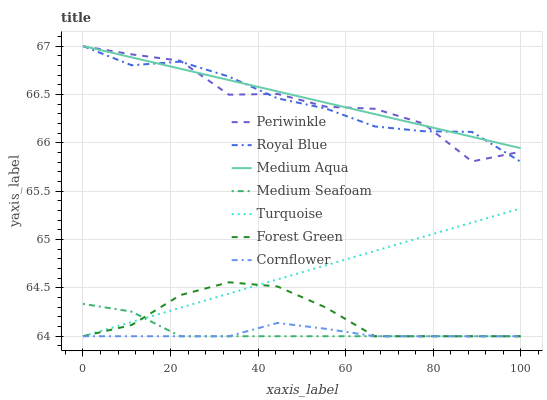
| xaxis_label | Periwinkle | Royal Blue | Medium Aqua | Medium Seafoam | Turquoise | Forest Green | Cornflower |
 | --- | --- | --- | --- | --- | --- | --- | --- |
 | 0 | 67 | 67 | 67 | 64.3 | 64 | 64 | 64 |
 | 11.1 | 66.9 | 66.8 | 66.9 | 64.3 | 64.1 | 64.1 | 64 |
 | 22.2 | 66.8 | 66.8 | 66.8 | 64 | 64.3 | 64.4 | 64 |
 | 33.3 | 66.5 | 66.7 | 66.6 | 64 | 64.4 | 64.6 | 64 |
 | 44.4 | 66.5 | 66.5 | 66.5 | 64 | 64.6 | 64.5 | 64.1 |
 | 55.6 | 66.4 | 66.4 | 66.4 | 64 | 64.7 | 64.3 | 64.1 |
 | 66.7 | 66.4 | 66.2 | 66.3 | 64 | 64.9 | 64 | 64 |
 | 77.8 | 66.2 | 66.1 | 66.2 | 64 | 65 | 64 | 64 |
 | 88.9 | 65.8 | 66.1 | 66.1 | 64 | 65.2 | 64 | 64 |
 | 100 | 65.9 | 65.8 | 65.9 | 64 | 65.3 | 64 | 64 |